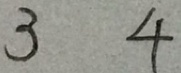
3 4